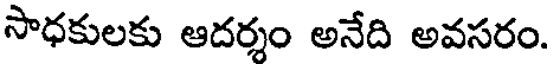
సాధకులకు ఆదర్శం అనేది అవసరం.